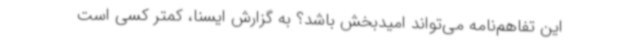
این تفاهم‌نامه می‌تواند امیدبخش باشد؟ به گزارش ایسنا، کمتر کسی است